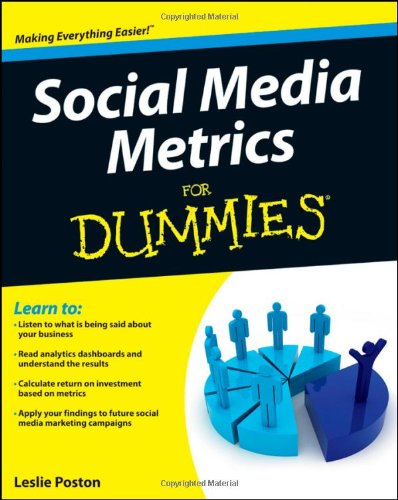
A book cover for Social Media Metrics For Dummies; Leslie Poston; Computers & Technology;